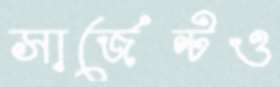
সার্জেন্টও